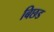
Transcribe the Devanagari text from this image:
बिछड